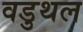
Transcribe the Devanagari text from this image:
वडुथल